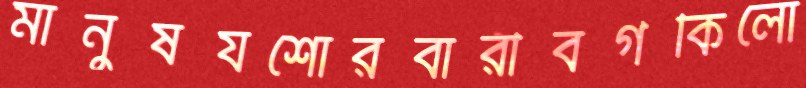
মানুষযশোরবারীবর্গকিলো